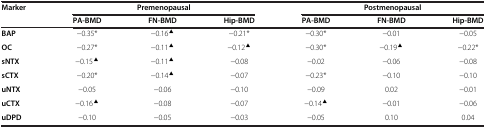
| <ROWSPAN=2> Marker | <COLSPAN=3> Premenopausal | <COLSPAN=3> Postmenopausal |
 | PA-BMD | FN-BMD | Hip-BMD | PA-BMD | FN-BMD | Hip-BMD |
 | --- | --- | --- | --- | --- | --- | --- |
 | BAP | −0.35* | −0.16▲ | −0.21* | −0.30* | −0.01 | −0.05 |
 | OC | −0.27* | −0.11▲ | −0.12▲ | −0.30* | −0.19▲ | −0.22* |
 | sNTX | −0.15▲ | −0.11▲ | −0.08 | −0.02 | −0.06 | −0.08 |
 | sCTX | −0.20* | −0.14▲ | −0.07 | −0.23* | −0.10 | −0.10 |
 | uNTX | −0.05 | −0.06 | −0.10 | −0.09 | 0.02 | −0.01 |
 | uCTX | −0.16▲ | −0.08 | −0.07 | −0.14▲ | −0.01 | −0.06 |
 | uDPD | −0.10 | −0.05 | −0.03 | −0.05 | 0.10 | 0.04 |